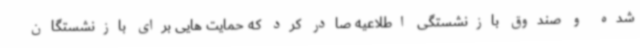
شده و صندوق بازنشستگی اطلاعیه صادر کرد که حمایت هایی برای بازنشستگان